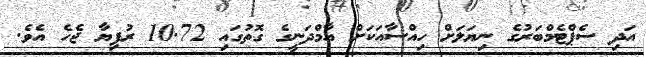
އަދި ސެޕްޓެމްބަރުގެ ނިޔަލަށް ހިއްސާއަކަށް އާމްދަނީގެ ގޮތުގައި 10.72 ރުފިޔާ ޖެހެ އެވެ.